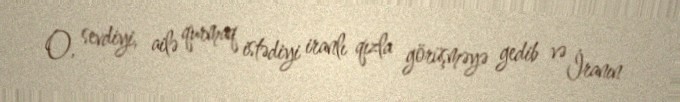
O, sevdiyi, ailə qurmaq istədiyi iranlı qızla görüşməyə gedib və İranın